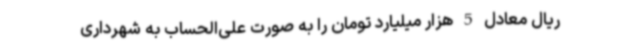
ریال معادل 5 هزار میلیارد تومان را به صورت علی‌الحساب به شهرداری